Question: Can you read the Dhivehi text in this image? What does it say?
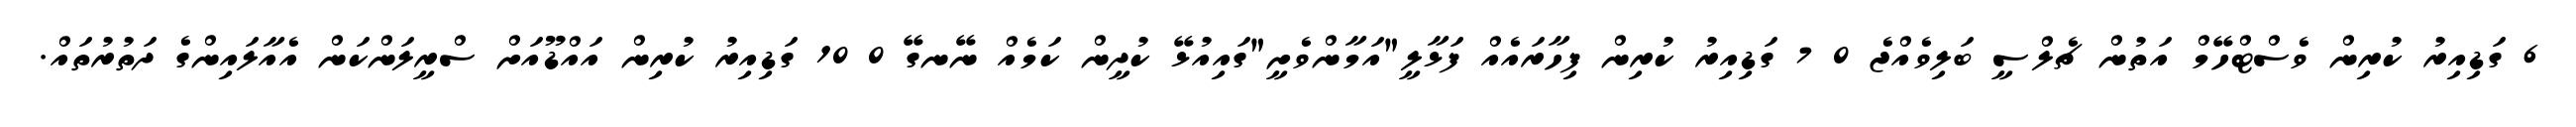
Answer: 6 ގަޑިއިރު ކުރިން ވެސްޓްހޭމް އަތުން ޗެލްސީ ބަލިވެއްޖެ 0 7 ގަޑިއިރު ކުރިން ފިހާރައެއް ފަޅާލީ"އަމާންވެށީ"ގައިއުޅޭ ކުދީން ކަމެއް ނޭނގޭ 0 10 ގަޑިއިރު ކުރިން އައްޑޫއަށް ސްރީލަންކަން އެއާލައިންގެ ދަތުރުތައް.